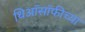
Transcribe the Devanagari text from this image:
थिऑसॉफीच्या